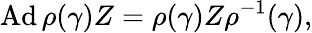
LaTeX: \mathrm{Ad}\, \rho(\gamma)Z=\rho(\gamma)Z\rho^{-1}(\gamma),